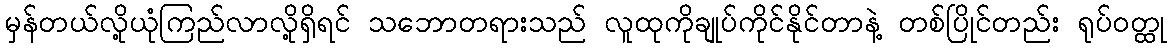
မှန်တယ်လို့ယုံကြည်လာလို့ရှိရင် သဘောတရားသည် လူထုကိုချုပ်ကိုင်နိုင်တာနဲ့ တစ်ပြိုင်တည်း ရုပ်ဝတ္ထု